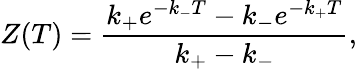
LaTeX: Z(T)={\frac{k_{+}e^{-k_{-}T}-k_{-}e^{-k_{+}T}}{k_{+}-k_{-}}},